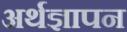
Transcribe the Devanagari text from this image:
अर्थज्ञापन